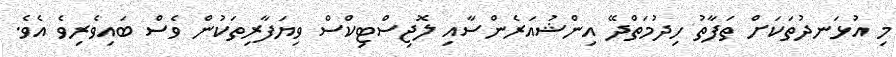
މި އުޅަނދުތަކަށް ތަފާތު ހިދުމަތްދޭ އިންޝުއަރެންސާއި ލޮޖިސްޓިކްސް ވިޔަފާރިތަކުން ވެސް ބައިވެރިވެ އެވެ.